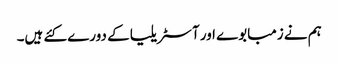
ہم نے زمبابوے اور آسٹریلیا کے دورے کئے ہیں۔